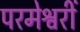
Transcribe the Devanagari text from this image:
परमेश्वरीं